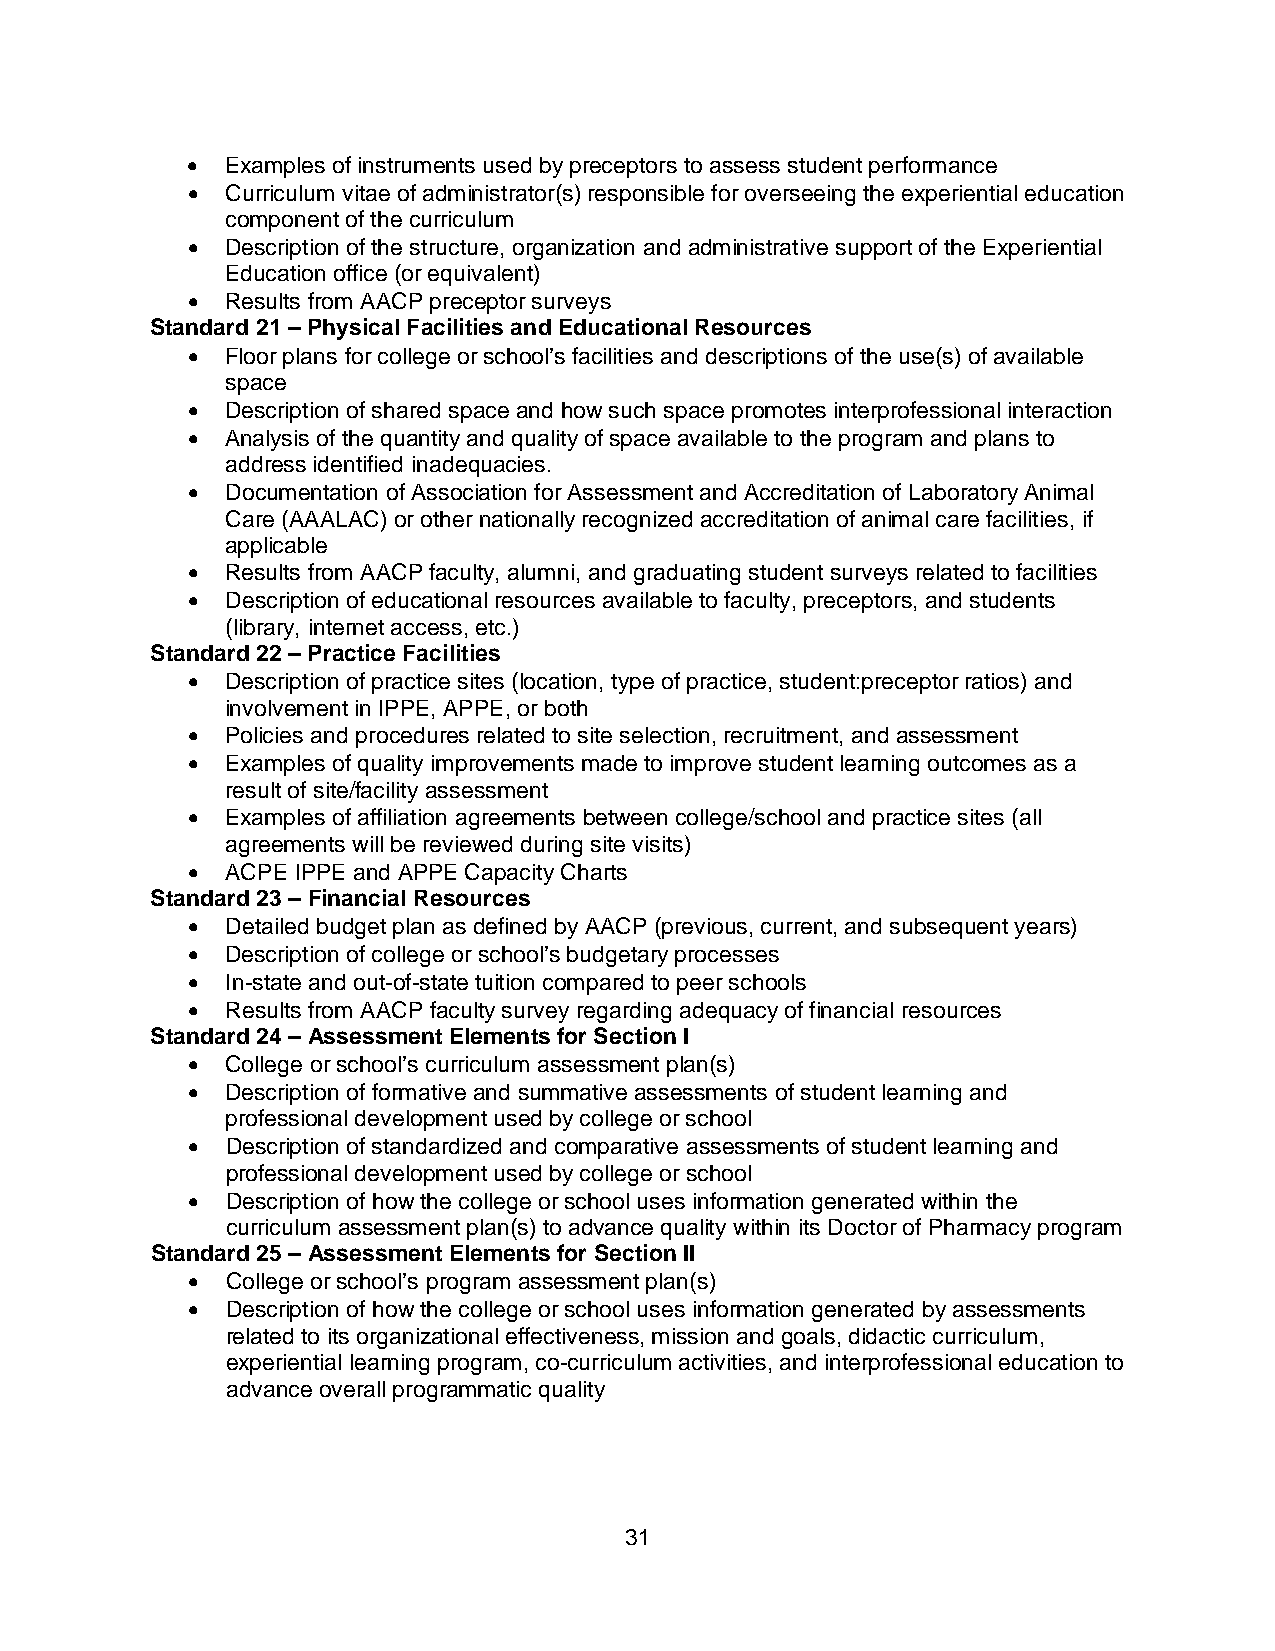
•  Examples of instruments used by preceptors to assess student performance
 •  Curriculum vitae of administrator(s) responsible for overseeing the experiential education
 component of the curriculum
 •  Description of the structure, organization and administrative support of the Experiential
 Education office (or equivalent)
 •  Results from AACP preceptor surveys
 Standard 21 – Physical Facilities and Educational Resources
 •  Floor plans for college or school’s facilities and descriptions of the use(s) of available
 space
 •  Description of shared space and how such space promotes interprofessional interaction
 •  Analysis of the quantity and quality of space available to the program and plans to
 address identified inadequacies.
 •  Documentation of Association for Assessment and Accreditation of Laboratory Animal
 Care (AAALAC) or other nationally recognized accreditation of animal care facilities, if
 applicable
 •  Results from AACP faculty, alumni, and graduating student surveys related to facilities
 •  Description of educational resources available to faculty, preceptors, and students
 (library, internet access, etc.)
 Standard 22 – Practice Facilities
 •  Description of practice sites (location, type of practice, student:preceptor ratios) and
 involvement in IPPE, APPE, or both
 •  Policies and procedures related to site selection, recruitment, and assessment
 •  Examples of quality improvements made to improve student learning outcomes as a
 result of site/facility assessment
 •  Examples of affiliation agreements between college/school and practice sites (all
 agreements will be reviewed during site visits)
 •  ACPE IPPE and APPE Capacity Charts
 Standard 23 – Financial Resources
 •  Detailed budget plan as defined by AACP (previous, current, and subsequent years)
 •  Description of college or school’s budgetary processes
 •  In-state and out-of-state tuition compared to peer schools
 •  Results from AACP faculty survey regarding adequacy of financial resources
 Standard 24 – Assessment Elements for Section I
 •  College or school’s curriculum assessment plan(s)
 •  Description of formative and summative assessments of student learning and
 professional development used by college or school
 •  Description of standardized and comparative assessments of student learning and
 professional development used by college or school
 •  Description of how the college or school uses information generated within the
 curriculum assessment plan(s) to advance quality within its Doctor of Pharmacy program
 Standard 25 – Assessment Elements for Section II
 •  College or school’s program assessment plan(s)
 •  Description of how the college or school uses information generated by assessments
 related to its organizational effectiveness, mission and goals, didactic curriculum,
 experiential learning program, co-curriculum activities, and interprofessional education to
 advance overall programmatic quality
 31